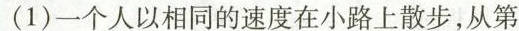
(1)一个人以相同的速度在小路上散步，从第